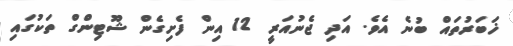
ޚަބަރުތައް ބުނެ އެވެ. އަދި ޖެނުއަރީ 12 އިން ފެށިގެން ޝޫޓިންގް ތަކުގައި